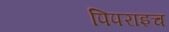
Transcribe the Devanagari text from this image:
पिपराइच